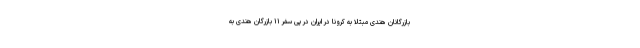
بازرگانان هندی مبتلا به کرونا در ایران در پی سفر ۱۱ بازرگان هندی به